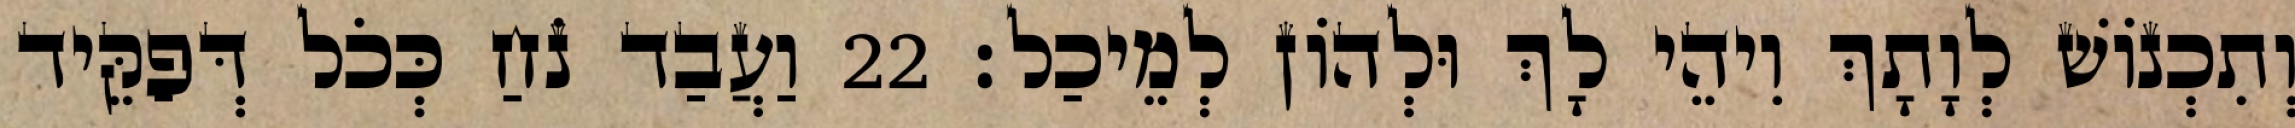
וְתִכְנוֹשׁ לְוָתָךְ וִיהֵי לָךְ וּלְהוֹן לְמֵיכַל׃ 22 וַעֲבַד נֹחַ כְּכֹל דְּפַקֵּיד